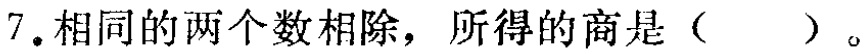
7.相同的两个数相除，所得的商是（  ）。